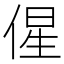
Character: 𬾰